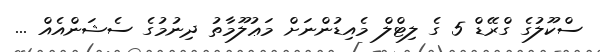
ސްކޫލުގެ ގްރޭޑް 5 ގެ ލިޓްލް މެއިޑުންނަށް މަޢުލޫމާތު ދިނުމުގެ ސެޝަންއެއް ...